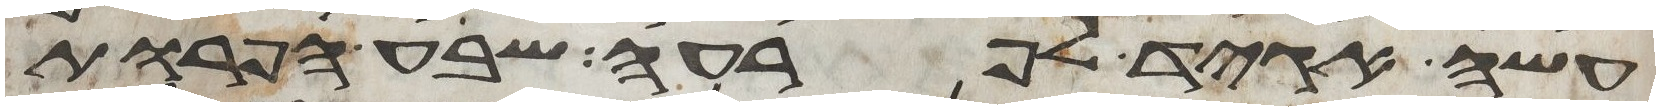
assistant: עשה אגיד לפרעה שבע הפרות